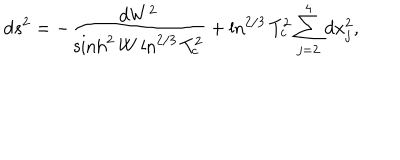
d s ^ { 2 } = - \frac { d W ^ { 2 } } { \sinh ^ { 2 } W \ln ^ { 2 / 3 } T _ { c } ^ { 2 } } + \ln ^ { 2 / 3 } T _ { c } ^ { 2 } \sum _ { j = 2 } ^ { 4 } d x _ { j } ^ { 2 } ,